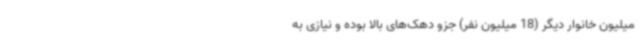
میلیون خانوار دیگر (18 میلیون نفر) جزو دهک‌های بالا بوده و نیازی به